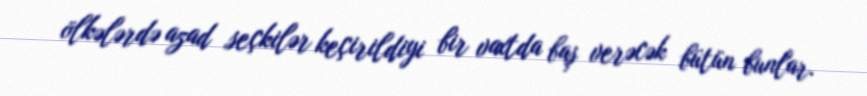
ölkələrdə azad seçkilər keçirildiyi bir vaxtda baş verəcək bütün bunlar.